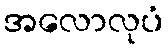
အလောလုပံ